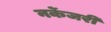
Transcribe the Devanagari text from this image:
नर्केजरी